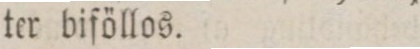
ter biföllos.